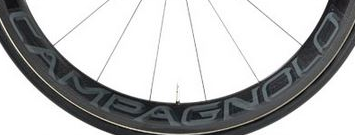
CAMPAGNOLO